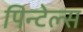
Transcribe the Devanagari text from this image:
पिन्टेल्स